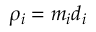
\rho _ { i } = m _ { i } d _ { i }